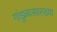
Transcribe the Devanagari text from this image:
गांडुळासारख्या